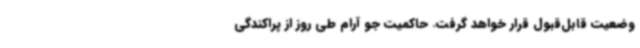
وضعیت قابل‌قبول قرار خواهد گرفت. حاکمیت جو آرام طی روز از پراکندگی